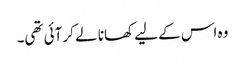
وہ اس کے لیے کھانا لے کر آئی تھی۔